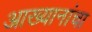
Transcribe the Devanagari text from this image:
आख्यानांचा